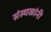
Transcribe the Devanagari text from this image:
संस्थळांनी